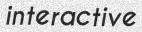
interactive